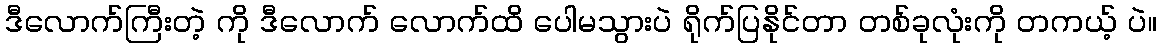
ဒီလောက်ကြီးတဲ့ ကို ဒီလောက် လောက်ထိ ပေါမသွားပဲ ရိုက်ပြနိုင်တာ တစ်ခုလုံးကို တကယ့် ပဲ။